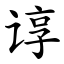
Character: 谆